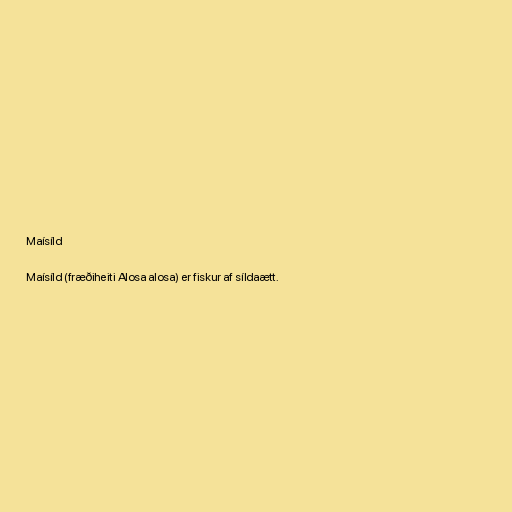
Maísíld

Maísíld (fræðiheiti Alosa alosa) er fiskur af síldaætt.